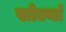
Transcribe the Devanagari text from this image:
खोल्यां